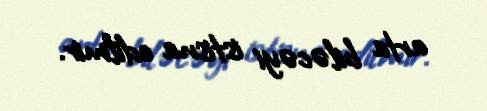
arta biləcəyi istisna edilmir.